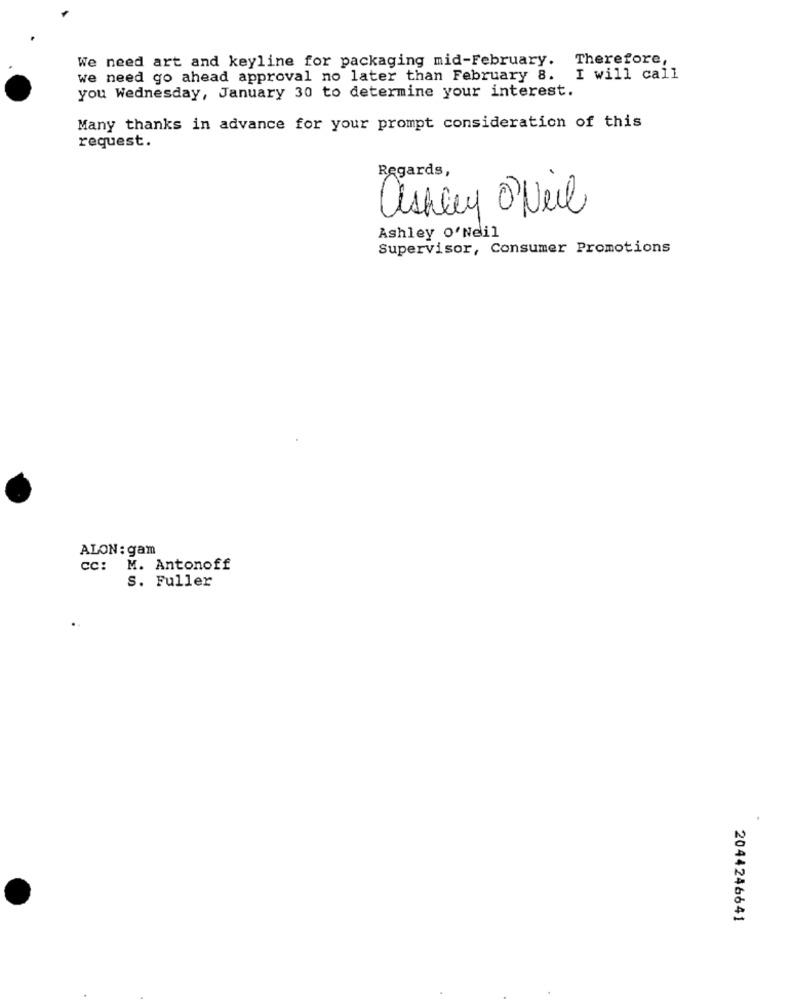
We need art and keyline for packaging mid-February. Therefore,
we need go ahead approval no later than February 8. I will call
you Wednesday, January 30 to determine your interest.
Many thanks in advance for your prompt consideration of this
request.
Regards,
ashley O Neil
Ashley o'Neil
Supervisor, Consumer Promotions
ALON : gam
cc: M. Antonoff
S. Fuller
2044246641